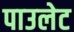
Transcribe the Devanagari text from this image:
पाउलेट